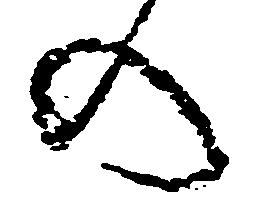
の